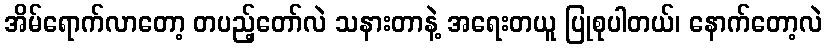
အိမ်ရောက်လာတော့ တပည့်တော်လဲ သနားတာနဲ့ အရေးတယူ ပြုစုပါတယ်၊ နောက်တော့လဲ